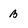
Character: b